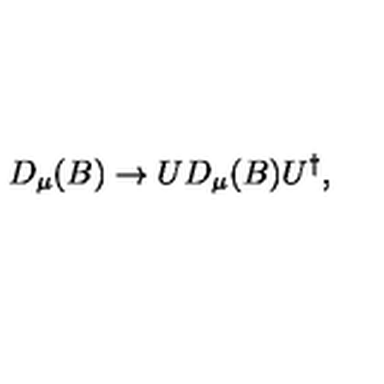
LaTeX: D _ { \mu } ( B ) \rightarrow U D _ { \mu } ( B ) U ^ { \dagger } ,